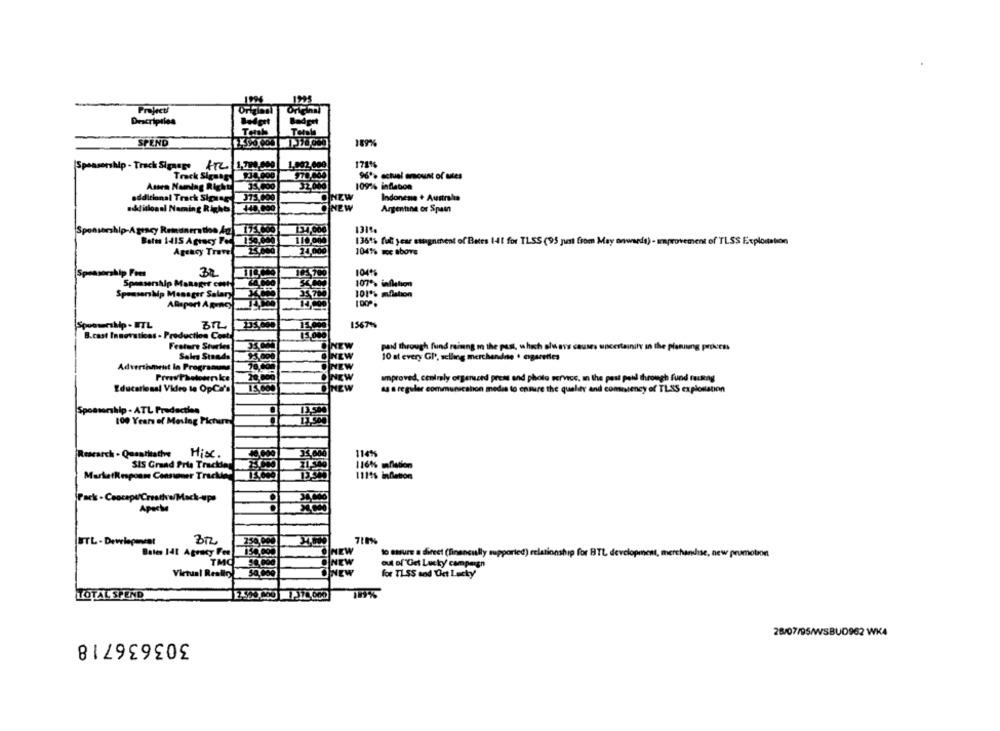
Projecti
Description
Totala
SPEND
189%%
Sponsorship- Track Signore ATZ 1,700.000
1.902.000
1711%
96º% actual amount of utes
Track Sigats
Assen Naming Right
33.000
109% indleton
additional Track Sipag J73,000
ONZW
Indonesie + Australia
additional Naming Rights
DINEW
Argentina or Spam
ship-Agracy Remunerathe And 175000]
134,000
Batte 1415 Agracy Feel150.000
110.000
1361% ful year estaignment of Bates 141 for TLSS (95 just from May onwards) - improvement of TLSS Exploitation
Agency Trave
24,000
1041% moc above
(Sponsorship Fees
32
1041%
Sponsorship Manager coat
107's inflation
101*% mflation
Sponsorship Messger Salary
AReport Agency
Sponsership . ETL
3TL
1567%
B.cast Innovations - Production Cost
Feature Sturles
paid through fund raisng In the past, which always causes upcertainity in the planning process
Sales Stands
10 al every GP, selling merchandne + cigarettes
Advertiment lo Programmna
Improved, centraly organized press and photo service, an the past peil through fund rumag
ag a reguler communication media to ensure the quality and comnieney of TLAS exploitation
Educational Video te OpCa's
nhlp . ATL Predacties
100 Years of Meslag Pictures
Research . Quantitative
Hier.
114%
SIS Grand Pris Tracking
116% mflation
MarketResponn Constomer Tracktes
1114% indleton
Pack - Caocept/Cresth w/Mack-ups
Apache
STL - Dewrlepenvent
710%
Bates 141 Agency Fee
to sture a direct (financially supported) relationship for BTL development, merchandise, new prumotion
TMQ
out of"Get Lucky campaign
Virtual Reality
30,00
for TI SS and Get Lucky
189%
TOTAL SPEND
303636718
28/07/95/WSBUD962 WK4